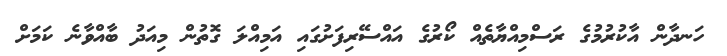
ހަނދާން އާކުރުމުގެ ރަސްމިއްޔާތެއް ކޯރުގެ އައްސޭރިފަށުގައި އަމިއްލަ ގޮތުން މިއަދު ބާއްވާނެ ކަމަަށް